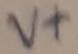
Text: V+